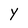
Character: Y